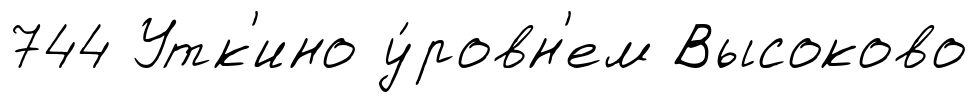
744 Утк'ино у́ровн'ем Высоково